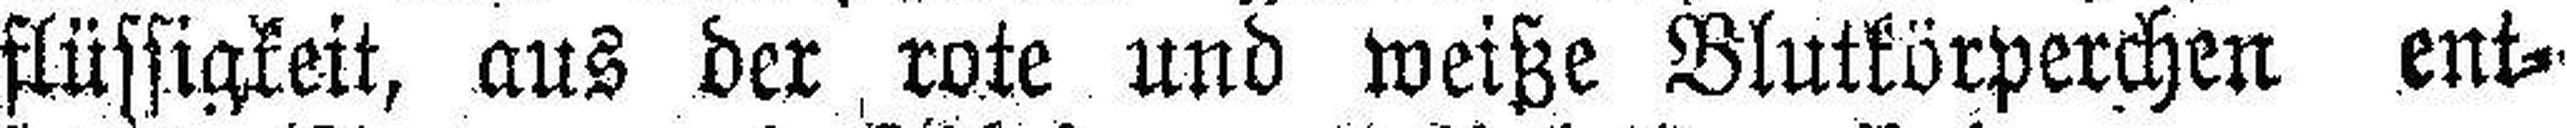
flüssigkeit, aus der rote und weiße Blutkörperchen ent¬